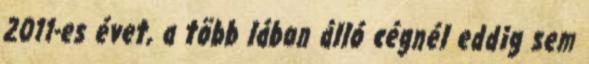
2011-es évet, a több lábon álló cégnél eddig sem